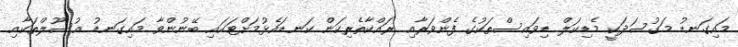
މައިގަނޑު މަގުސަދަކީ މެޑިކަލް ޑިވައިސްތަކުގެ ފެންވަރާއި ރައްކާތެރިކަން ކަނޑައެޅުމަށްޓަކައި ބޭނުންވާ މައިގަނޑު އުސޫލްތަކާއި